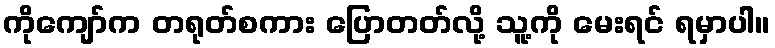
ကိုကျော်က တရုတ်စကား ပြောတတ်လို့ သူ့ကို မေးရင် ရမှာပါ။